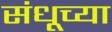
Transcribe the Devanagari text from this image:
संधूच्या